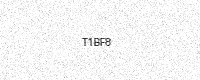
Text: T1BF8